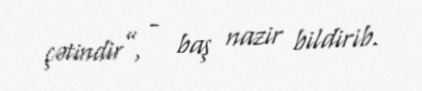
çətindir”, - baş nazir bildirib.